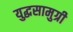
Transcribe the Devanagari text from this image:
युद्धसामुग्री